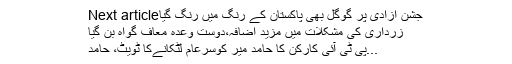
Next articleجشن آزادی پر گوگل بھی پاکستان کے رنگ میں رنگ گیا
زرداری کی مشکلات میں مزید اضافہ،دوست وعدہ معاف گواہ بن گیا
پی ٹی آئی کارکن کا حامد میر کوسرعام لٹکانےکا ٹویٹ، حامد...